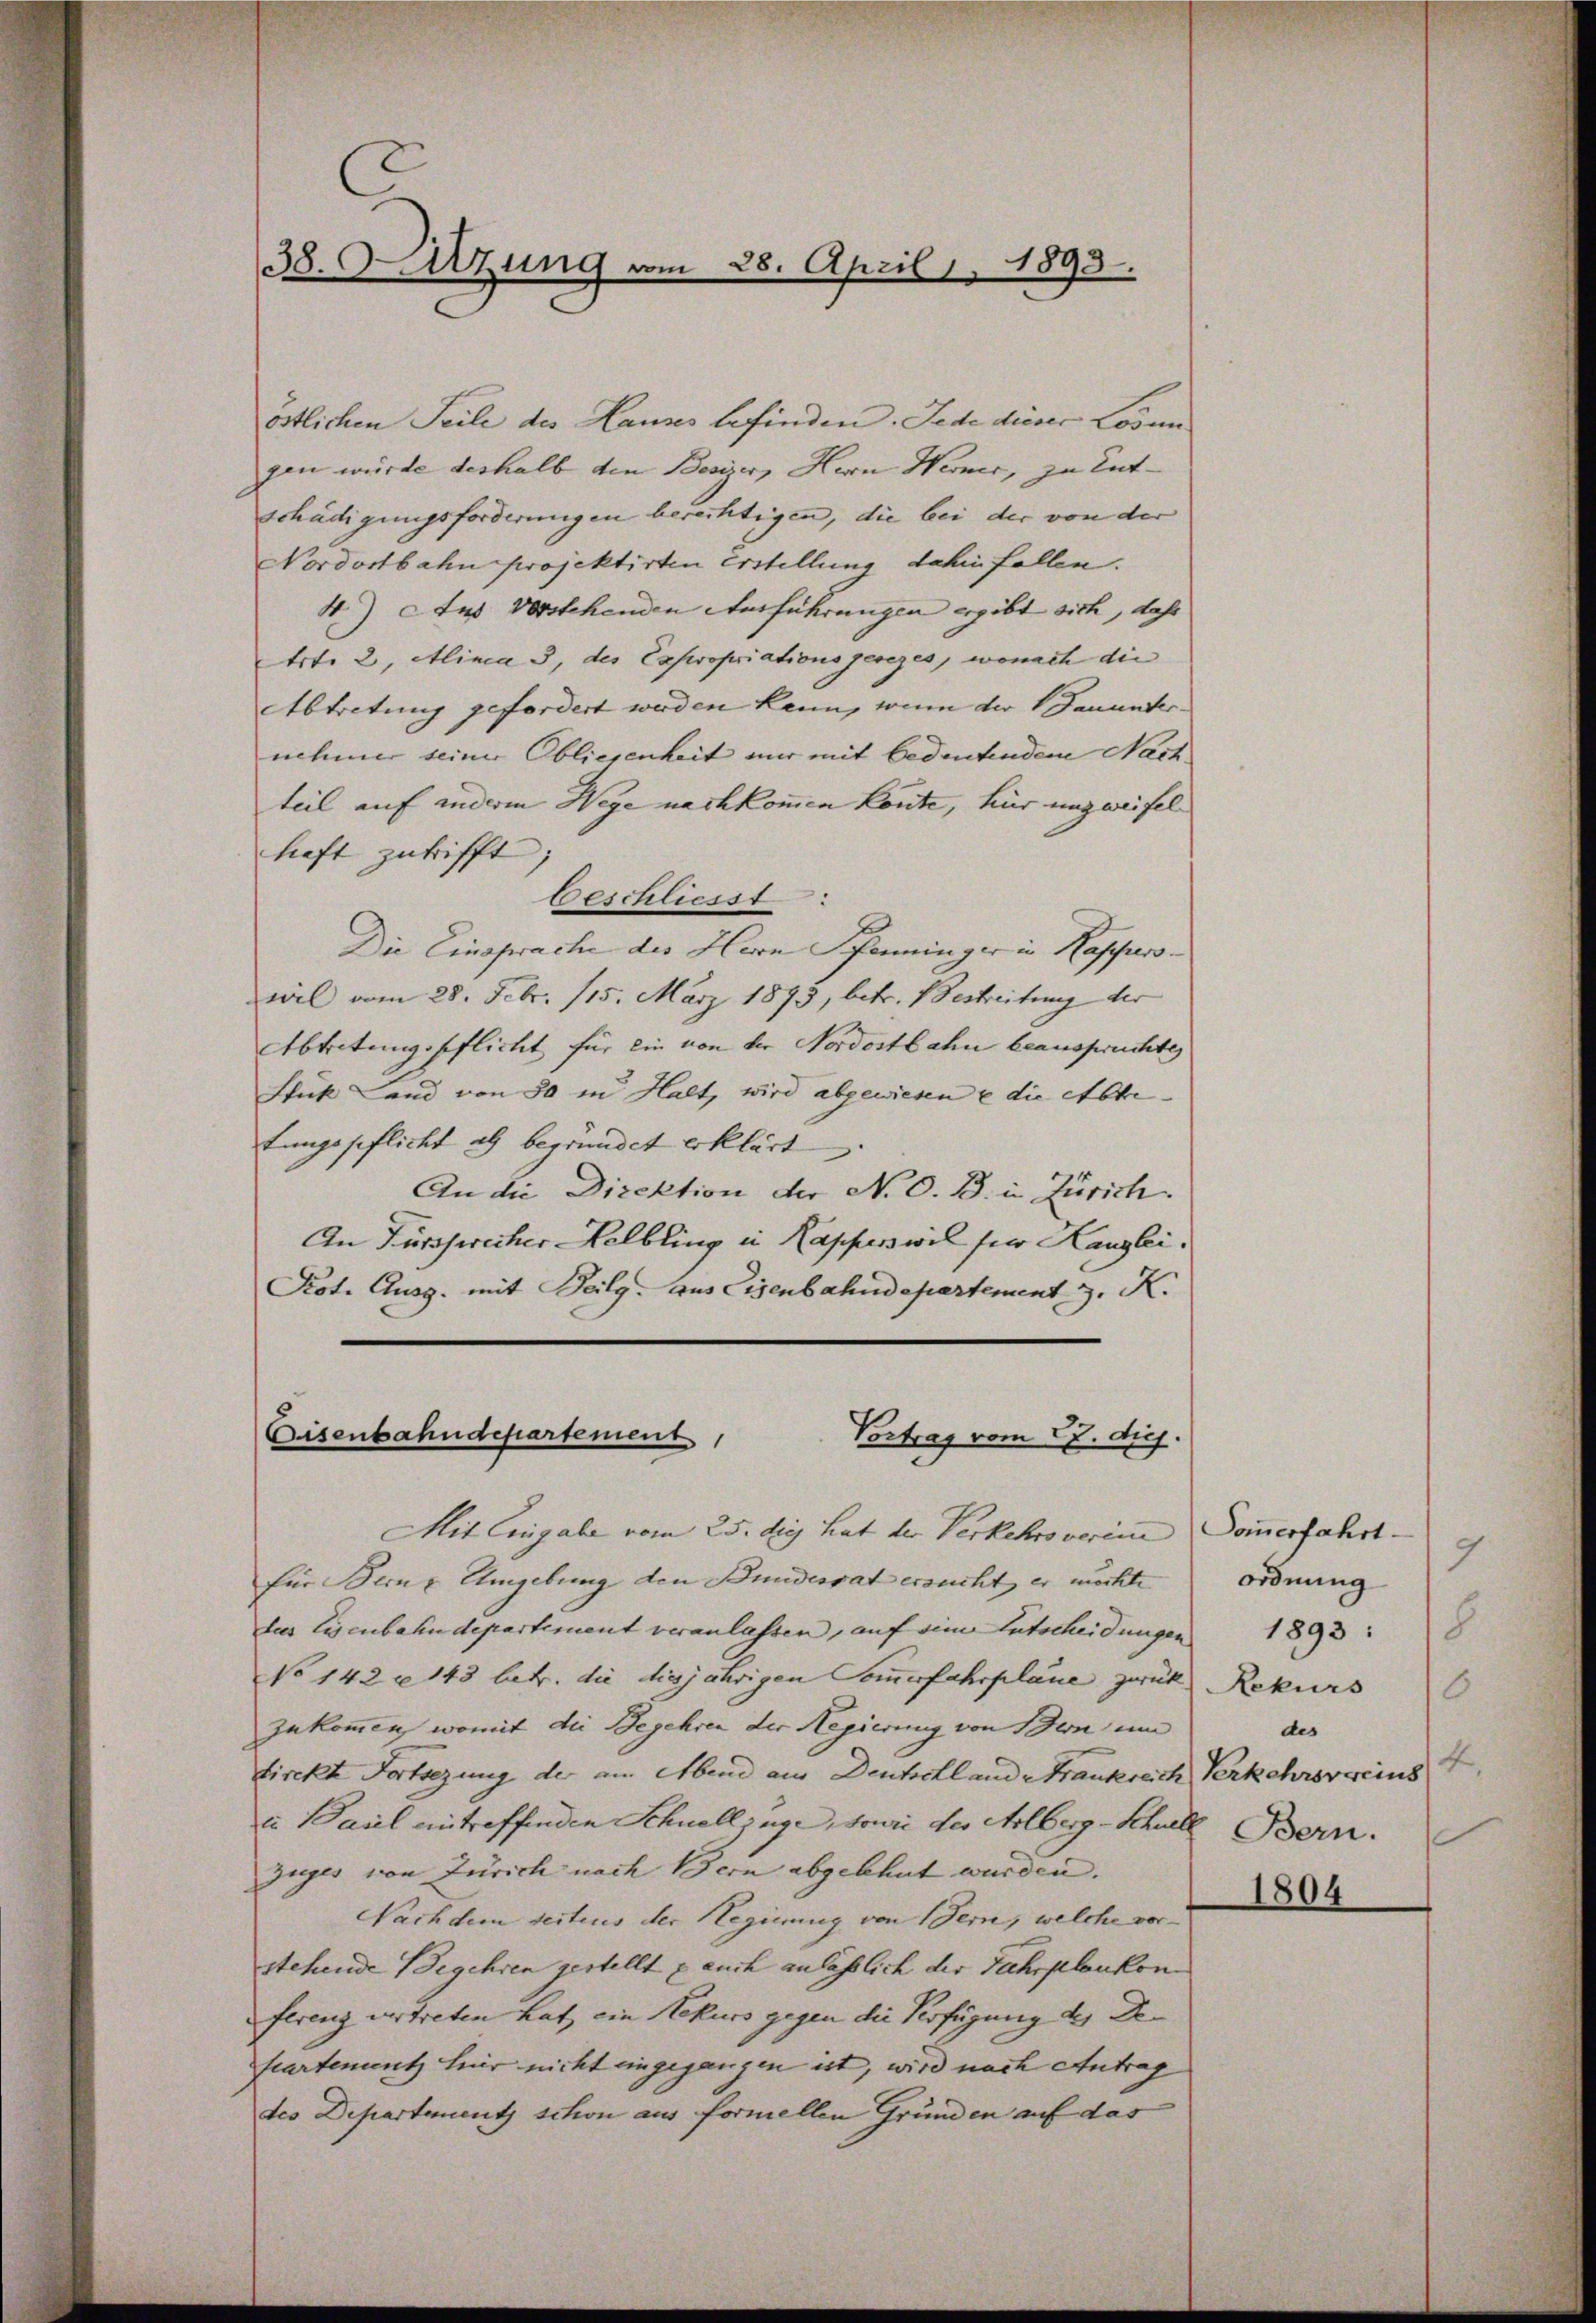
C
38. Sitzung vom 28. April 1893.

östlichen Teile des Hauses befinden. Jede dieser Losun
gen würde deshalb den Besizer, Herrn Werner, zu Ent- |
schädigungsforderungen berechtigen, die bei der von der
Nordostbahn projektirten Erstellung dahinfallen.
4.) Aus verstehenden Ausführungen ergibt sich, daß
trt. 2, Alinea 3, des Expropriationsgesezes, wonach die
Abtretung gefordert werden kann, wenn der 1 Janunternehmer seiner Obliegenheit nur mit bedeutendem Nach
teil auf anderm Wege nachkommen könte, hür unzweifel
hieft zutrifft
beschliesst
Die Einsprache des Herrn Pfenninger in Kasserowil vom 28. Febr. 115. März 1893, betr. Bestreitung der
Abtretungspflicht für ein von der Nordostbahn beanspruchte
Stück Land von 50 in Halt, wird abgewiesen u die Abte
tungspflicht als begründet erklärt
An die Direktion der N. O. B. in Zürich.
An Fürcherecher Helbling in Kapperswil sie Kanzlei.
Kot. Ausg. mit Teilg. aus Eisenbahndepartement z. K.

Eisenbahndepartement
Vortrag vom 27. dies.

Mit Eingabe vom 25. die hat der Verkehro verim
für Berne Umgebung den Bundesrat ersucht, er möchte |
dus Eisenbahndepartement veranlassen, auf seine Entscheidungen
No 142 n 143 betr. die diesjährigen Sommerfahrplane zwek Rekurs
zukommen, womit die Begehren der Regierung von Bern um
tirckt Fortsezung der am Abend aus Deutschlande Frankreich Verkehrsvereins
i Paul eintreffenden Schnellzüge, sowie der Alberg-Schule Bern.
Zuges von Zürich nach Bern abgelehnt wurden.
Nachdem seitens der Hegierung von dern, welche vorstehende Begehren gestellt u auch an lässlich der Fahrplankonferenz vertreten hat, ein Rekurs gegen die Verfügung des Dekartenuntz hier nicht eingegangen ist, wird nach Antrag
des Departements schon aus formellen Gründen auf das

Sommerfahrt
9
ordnung
18
1893:
6
des
4

1804